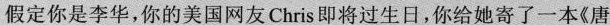
假定你是李华，你的美国网友Chris即将过生日，你给她寄了一本《唐